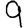
Digit: 9